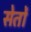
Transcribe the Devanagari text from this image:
सेतों